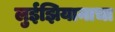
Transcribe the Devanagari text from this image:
लुईझियानाचा